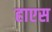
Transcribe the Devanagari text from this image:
हाएस